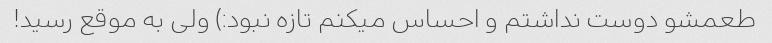
طعمشو دوست نداشتم و احساس میکنم تازه نبود:) ولی به موقع رسید!